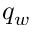
q _ { w }